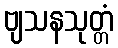
ဗျသနသုတ္တံ